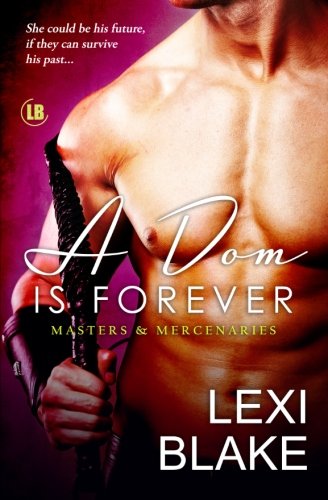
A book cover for A Dom Is Forever (Masters and Mercenaries, Book 3) (Volume 3); Lexi Blake; Romance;